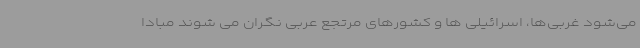
می‌شود غربی‌ها، اسرائیلی ها و کشورهای مرتجع عربی نگران می شوند مبادا